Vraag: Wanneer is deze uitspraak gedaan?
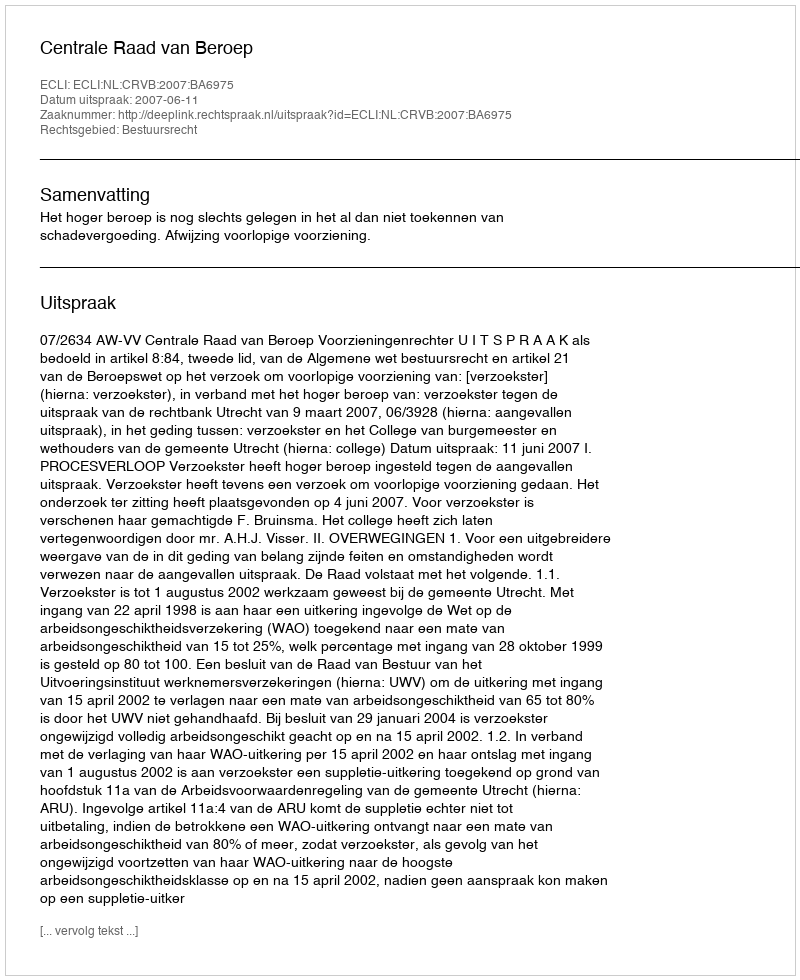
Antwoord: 2007-06-11